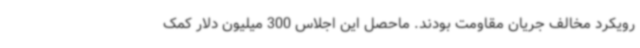
رویکرد مخالف جریان مقاومت بودند. ماحصل این اجلاس 300 میلیون دلار کمک